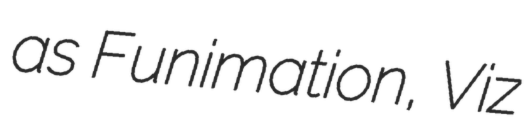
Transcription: as Funimation, Viz